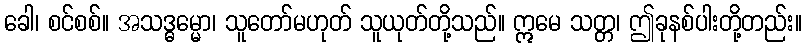
ခေါ၊ စင်စစ်။ အသဒ္ဓမ္မော၊ သူတော်မဟုတ် သူယုတ်တို့သည်။ ဣမေ သတ္တ၊ ဤခုနစ်ပါးတို့တည်း။